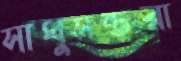
সাধুসন্তরা